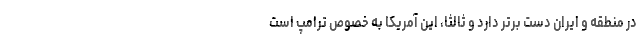
در منطقه و ایران دست برتر دارد و ثالثا، این آمریکا به خصوص ترامپ است